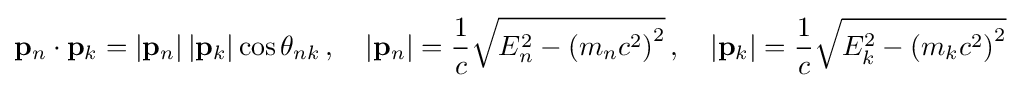
\mathbf {p} _{n}\cdot \mathbf {p} _{k}=\left|\mathbf {p} _{n}\right|\left|\mathbf {p} _{k}\right|\cos \theta _{nk}\,,\quad |\mathbf {p} _{n}|={\frac {1}{c}}{\sqrt {E_{n}^{2}-\left(m_{n}c^{2}\right)^{2}}}\,,\quad |\mathbf {p} _{k}|={\frac {1}{c}}{\sqrt {E_{k}^{2}-\left(m_{k}c^{2}\right)^{2}}}